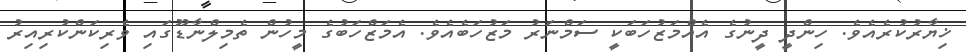
ޚިޔާރުކުރެއެވެ. ހިންދީ ދީނުގެ އެއްމަޒުހަބަކީ ސަމްނަރު މަޒުހަބެއެވެ. އެމަޒްހަބުގެ މީހުން ތެމިލްނާޑޫގައި ވެރިކަންކުރިއިރު